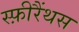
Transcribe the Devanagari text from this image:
स्फ़ीरैंथस